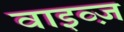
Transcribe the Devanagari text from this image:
वाइव्ज़